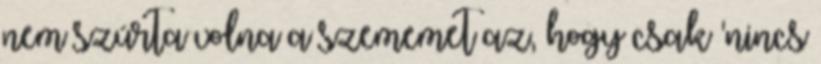
nem szúrta volna a szememet az, hogy csak 'nincs